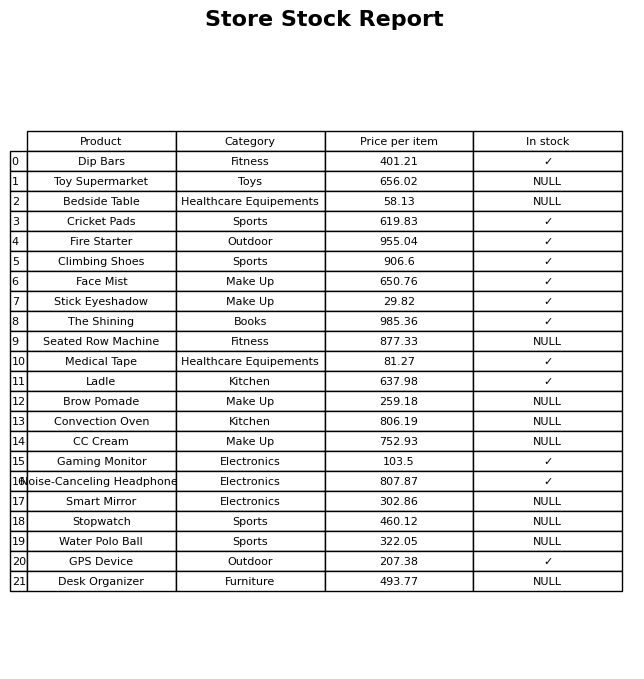
question: Which products are available in stock?
answer: Dip Bars, Cricket Pads, Fire Starter, Climbing Shoes, Face Mist, Stick Eyeshadow, The Shining, Medical Tape, Ladle, Gaming Monitor, Noise-Canceling Headphones, GPS Device